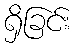
ရှိခြင်း